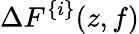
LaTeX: \Delta F^{\{ i\} }(z,f)